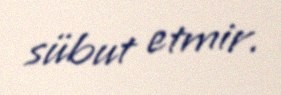
sübut etmir.